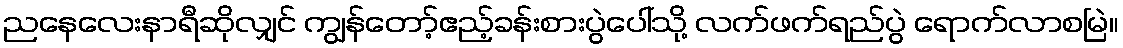
ညနေလေးနာရီဆိုလျှင် ကျွန်တော့်ဧည့်ခန်းစားပွဲပေါ်သို့ လက်ဖက်ရည်ပွဲ ရောက်လာစမြဲ။